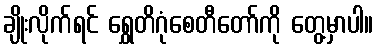
ချိုးလိုက်ရင် ရွှေတိဂုံစေတီတော်ကို တွေ့မှာပါ။